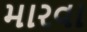
મારવા